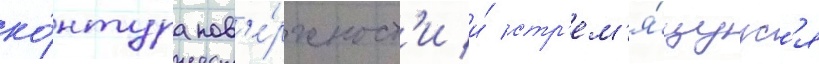
ко́нтура пов'е́рхност'и и́ стр'ем'я́щуус'я